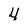
Character: 4